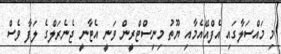
މި މައްސަލާގައި އެފްއޭއެމާއި ޔޫތު މިނިސްޓްރީން ވަނީ އެޓާނީ ޖެނެރަލްގެ ލަފާ ވެސް